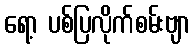
ရော့ ပစ်ပြလိုက်စမ်းဗျာ